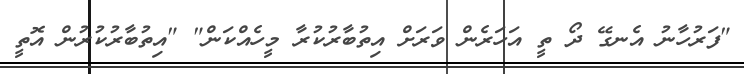
"ފަރުހާނު އެނގޭ ދޯ ތީ އަހަރެން ވަރަށް އިތުބާރުކުރާ މީހެއްކަން" "އިތުބާރުކުރުން އޮތީ